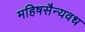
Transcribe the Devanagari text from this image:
महिषसैन्यवध